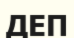
ДЕП